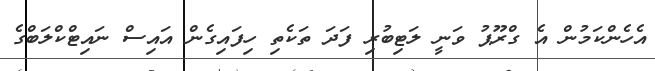
އެހެންކަމުން އެ ގްރޫޕު ވަނީ ލަޓިބުރި ފަދަ ތަކެތި ހިފައިގެން އައިސް ނައިޓްކްލަބްގެ